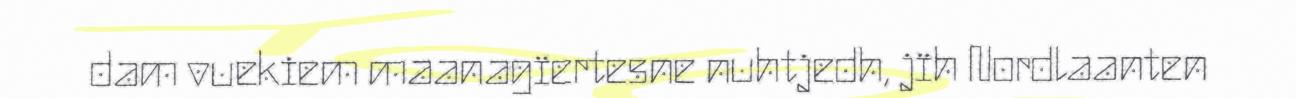
dam vuekiem maanagïertesne nuhtjedh, jïh Nordlaanten